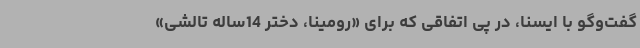
گفت‌وگو با ایسنا، در پی اتفاقی که برای «رومینا، دختر 14ساله تالشی»